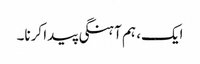
ایک، ہم آہنگی پیدا کرنا۔